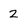
Character: 2